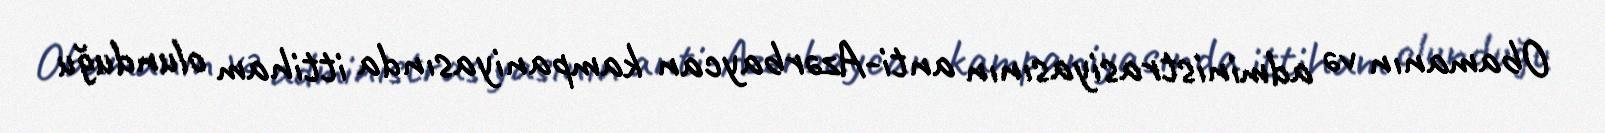
Obamanın və administrasiyasının anti-Azərbaycan kampaniyasında ittiham olunduğu